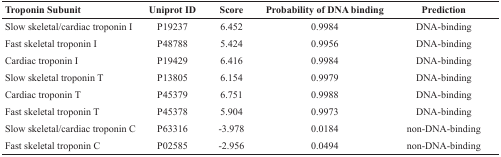
| Troponin Subunit | Uniprot ID | Score | Probability of DNA binding | Prediction |
 | --- | --- | --- | --- | --- |
 | Slow skeletal/cardiac troponin I | P19237 | 6.452 | 0.9984 | DNA-binding |
 | Fast skeletal troponin I | P48788 | 5.424 | 0.9956 | DNA-binding |
 | Cardiac troponin I | P19429 | 6.416 | 0.9984 | DNA-binding |
 | Slow skeletal troponin T | P13805 | 6.154 | 0.9979 | DNA-binding |
 | Cardiac troponin T | P45379 | 6.751 | 0.9988 | DNA-binding |
 | Fast skeletal troponin T | P45378 | 5.904 | 0.9973 | DNA-binding |
 | Slow skeletal/cardiac troponin C | P63316 | -3.978 | 0.0184 | non-DNA-binding |
 | Fast skeletal troponin C | P02585 | -2.956 | 0.0494 | non-DNA-binding |